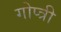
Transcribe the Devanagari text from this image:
गोप्त्री